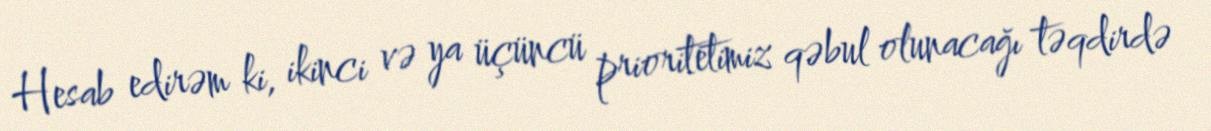
Hesab edirəm ki, ikinci və ya üçüncü prioritetimiz qəbul olunacağı təqdirdə